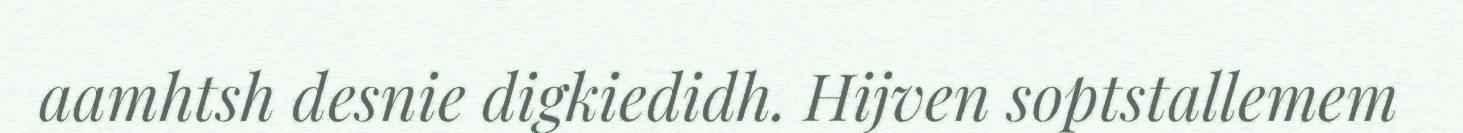
aamhtsh desnie digkiedidh. Hijven soptstallemem